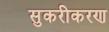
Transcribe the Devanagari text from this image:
सुकरीकरण